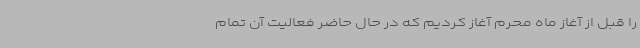
را قبل از آغاز ماه محرم آغاز کردیم که در حال حاضر فعالیت آن تمام